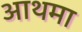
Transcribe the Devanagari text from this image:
आथमा